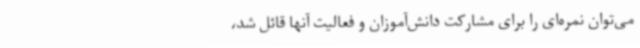
می‌توان نمره‌ای را برای مشارکت دانش‌آموزان و فعالیت آنها قائل شد،